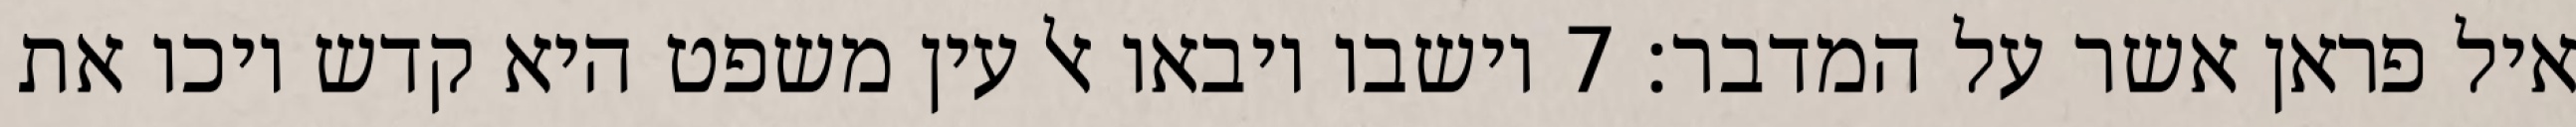
איל פראן אשר על המדבר׃ ‎7‏ וישבו ויבאו אל עין משפט היא קדש ויכו את